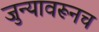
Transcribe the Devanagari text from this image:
जुन्यावरूनच